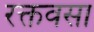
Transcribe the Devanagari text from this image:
रक्तवसा